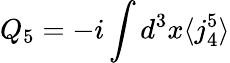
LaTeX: Q_{5}=-i\int d^{3}x\langle j_{4}^{5}\rangle